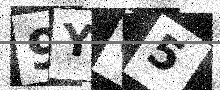
Text: 9YC5